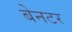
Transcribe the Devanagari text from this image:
बेनटर